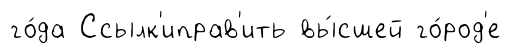
го́да Ссылк'иправ'ить вы́сшей го́род'е